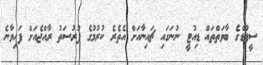
ސީފުޑްގެ ބާވަތްތައް ޑިއުޓީ ނުނަގައި ޗައިނާއަށް އެތެރެ ކުރުމުގެ ފުރުސަތު ރާއްޖެއަށް ފަހިވާނެ